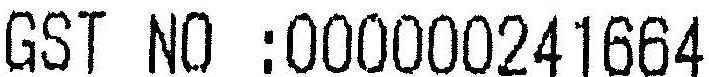
GST NO :000000241664